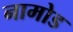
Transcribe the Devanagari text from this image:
नामोड